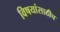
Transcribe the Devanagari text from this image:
विषयांसाठीच